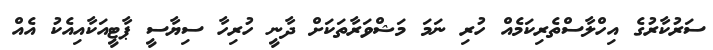
ސަރުކާރުގެ އިހްލާސްތެރިކަމެއް ހުރި ނަމަ މަޝްވަރާތަކަށް ދާނީ ހުރިހާ ސިޔާސީ ޕާޓީއަކާއިއެކު އެއް